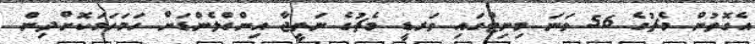
އެގޮތުން މެޗުގެ 56 ވަނަ މިނިޓްގައި ވަރޑީ މެޗުގެ ނަތީޖާ އިންގްލެންޑަށް ހަމަހަމަކޮށްދިން